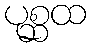
ပုစ္ဆထ